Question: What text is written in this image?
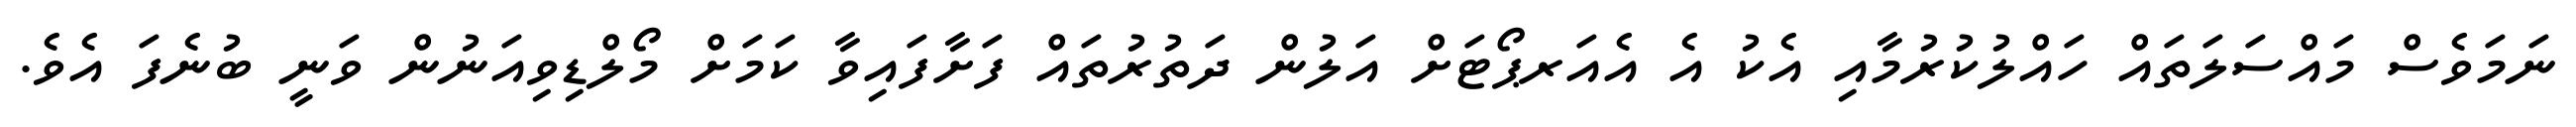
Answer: ނަމަވެސް މައްސަލަތައް ހައްލުކުރުމާއި އެކު އެ އެއަރޕޯޓަށް އަލުން ދަތުރުތައް ފަށާފައިވާ ކަމަށް މޯލްޑިވިއަނުން ވަނީ ބުނެފަ އެވެ.